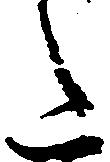
た